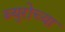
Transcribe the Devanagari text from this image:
ब्युरोच्या